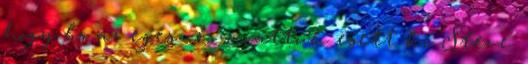
hogy bs az egész és miattuk esett ki Steve.